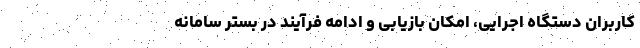
کاربران دستگاه اجرایی، امکان بازیابی و ادامه فرآیند در بستر سامانه